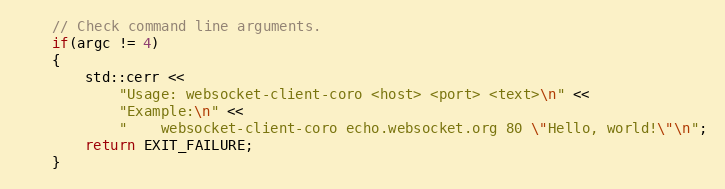
Language: C++
    // Check command line arguments.
    if(argc != 4)
    {
        std::cerr <<
            "Usage: websocket-client-coro <host> <port> <text>\n" <<
            "Example:\n" <<
            "    websocket-client-coro echo.websocket.org 80 \"Hello, world!\"\n";
        return EXIT_FAILURE;
    }